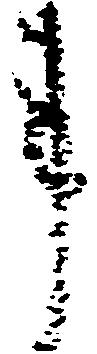
事